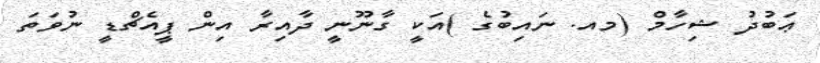
ޢަބުދު ޝިހާމް (މއ. ނައިބުގެ )އަކީ ގާނޫނީ ދާއިރާ އިން ޕީއެޗްޑީ ނުވަތަ